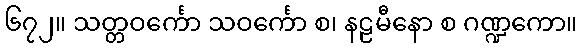
၆၇၂။ သတ္တဝင်္ကော သဝင်္ကော စ၊ နဠမီနော စ ဂဏ္ဍကော။